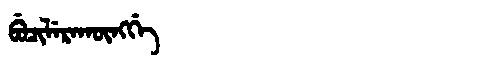
Manchu: ᠪᡠᠴᡳᠯᡝᡵᠠᡴᡡᠩᡤᡝ
Romanization: BUCILERAKŪNGGE